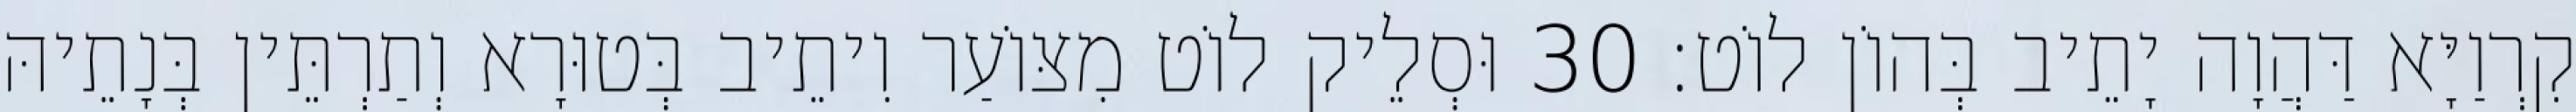
קִרְוַיָּא דַּהֲוָה יָתֵיב בְּהוֹן לוֹט׃ 30 וּסְלֵיק לוֹט מִצּוֹעַר וִיתֵיב בְּטוּרָא וְתַרְתֵּין בְּנָתֵיהּ